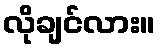
လိုချင်လား။